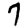
Digit: 7